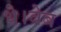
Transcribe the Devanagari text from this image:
थे।वेब